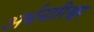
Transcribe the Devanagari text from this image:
अर्धनारिश्वर